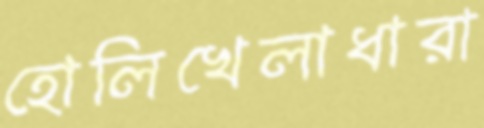
হোলিখেলাধারা